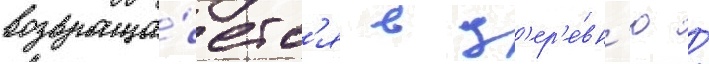
возвраща́етс'я в д'ер'е́вн'ю /